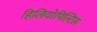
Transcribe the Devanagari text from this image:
हिलियोपिल्टिस